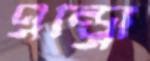
এন্ড্রো